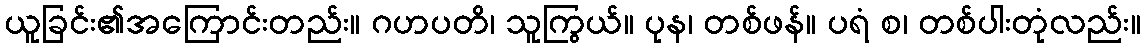
ယူခြင်း၏အကြောင်းတည်း။ ဂဟပတိ၊ သူကြွယ်။ ပုန၊ တစ်ဖန်။ ပရံ စ၊ တစ်ပါးတုံလည်း။